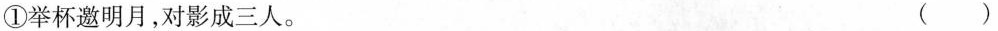
①举杯邀明月，对影成三人。（ ）